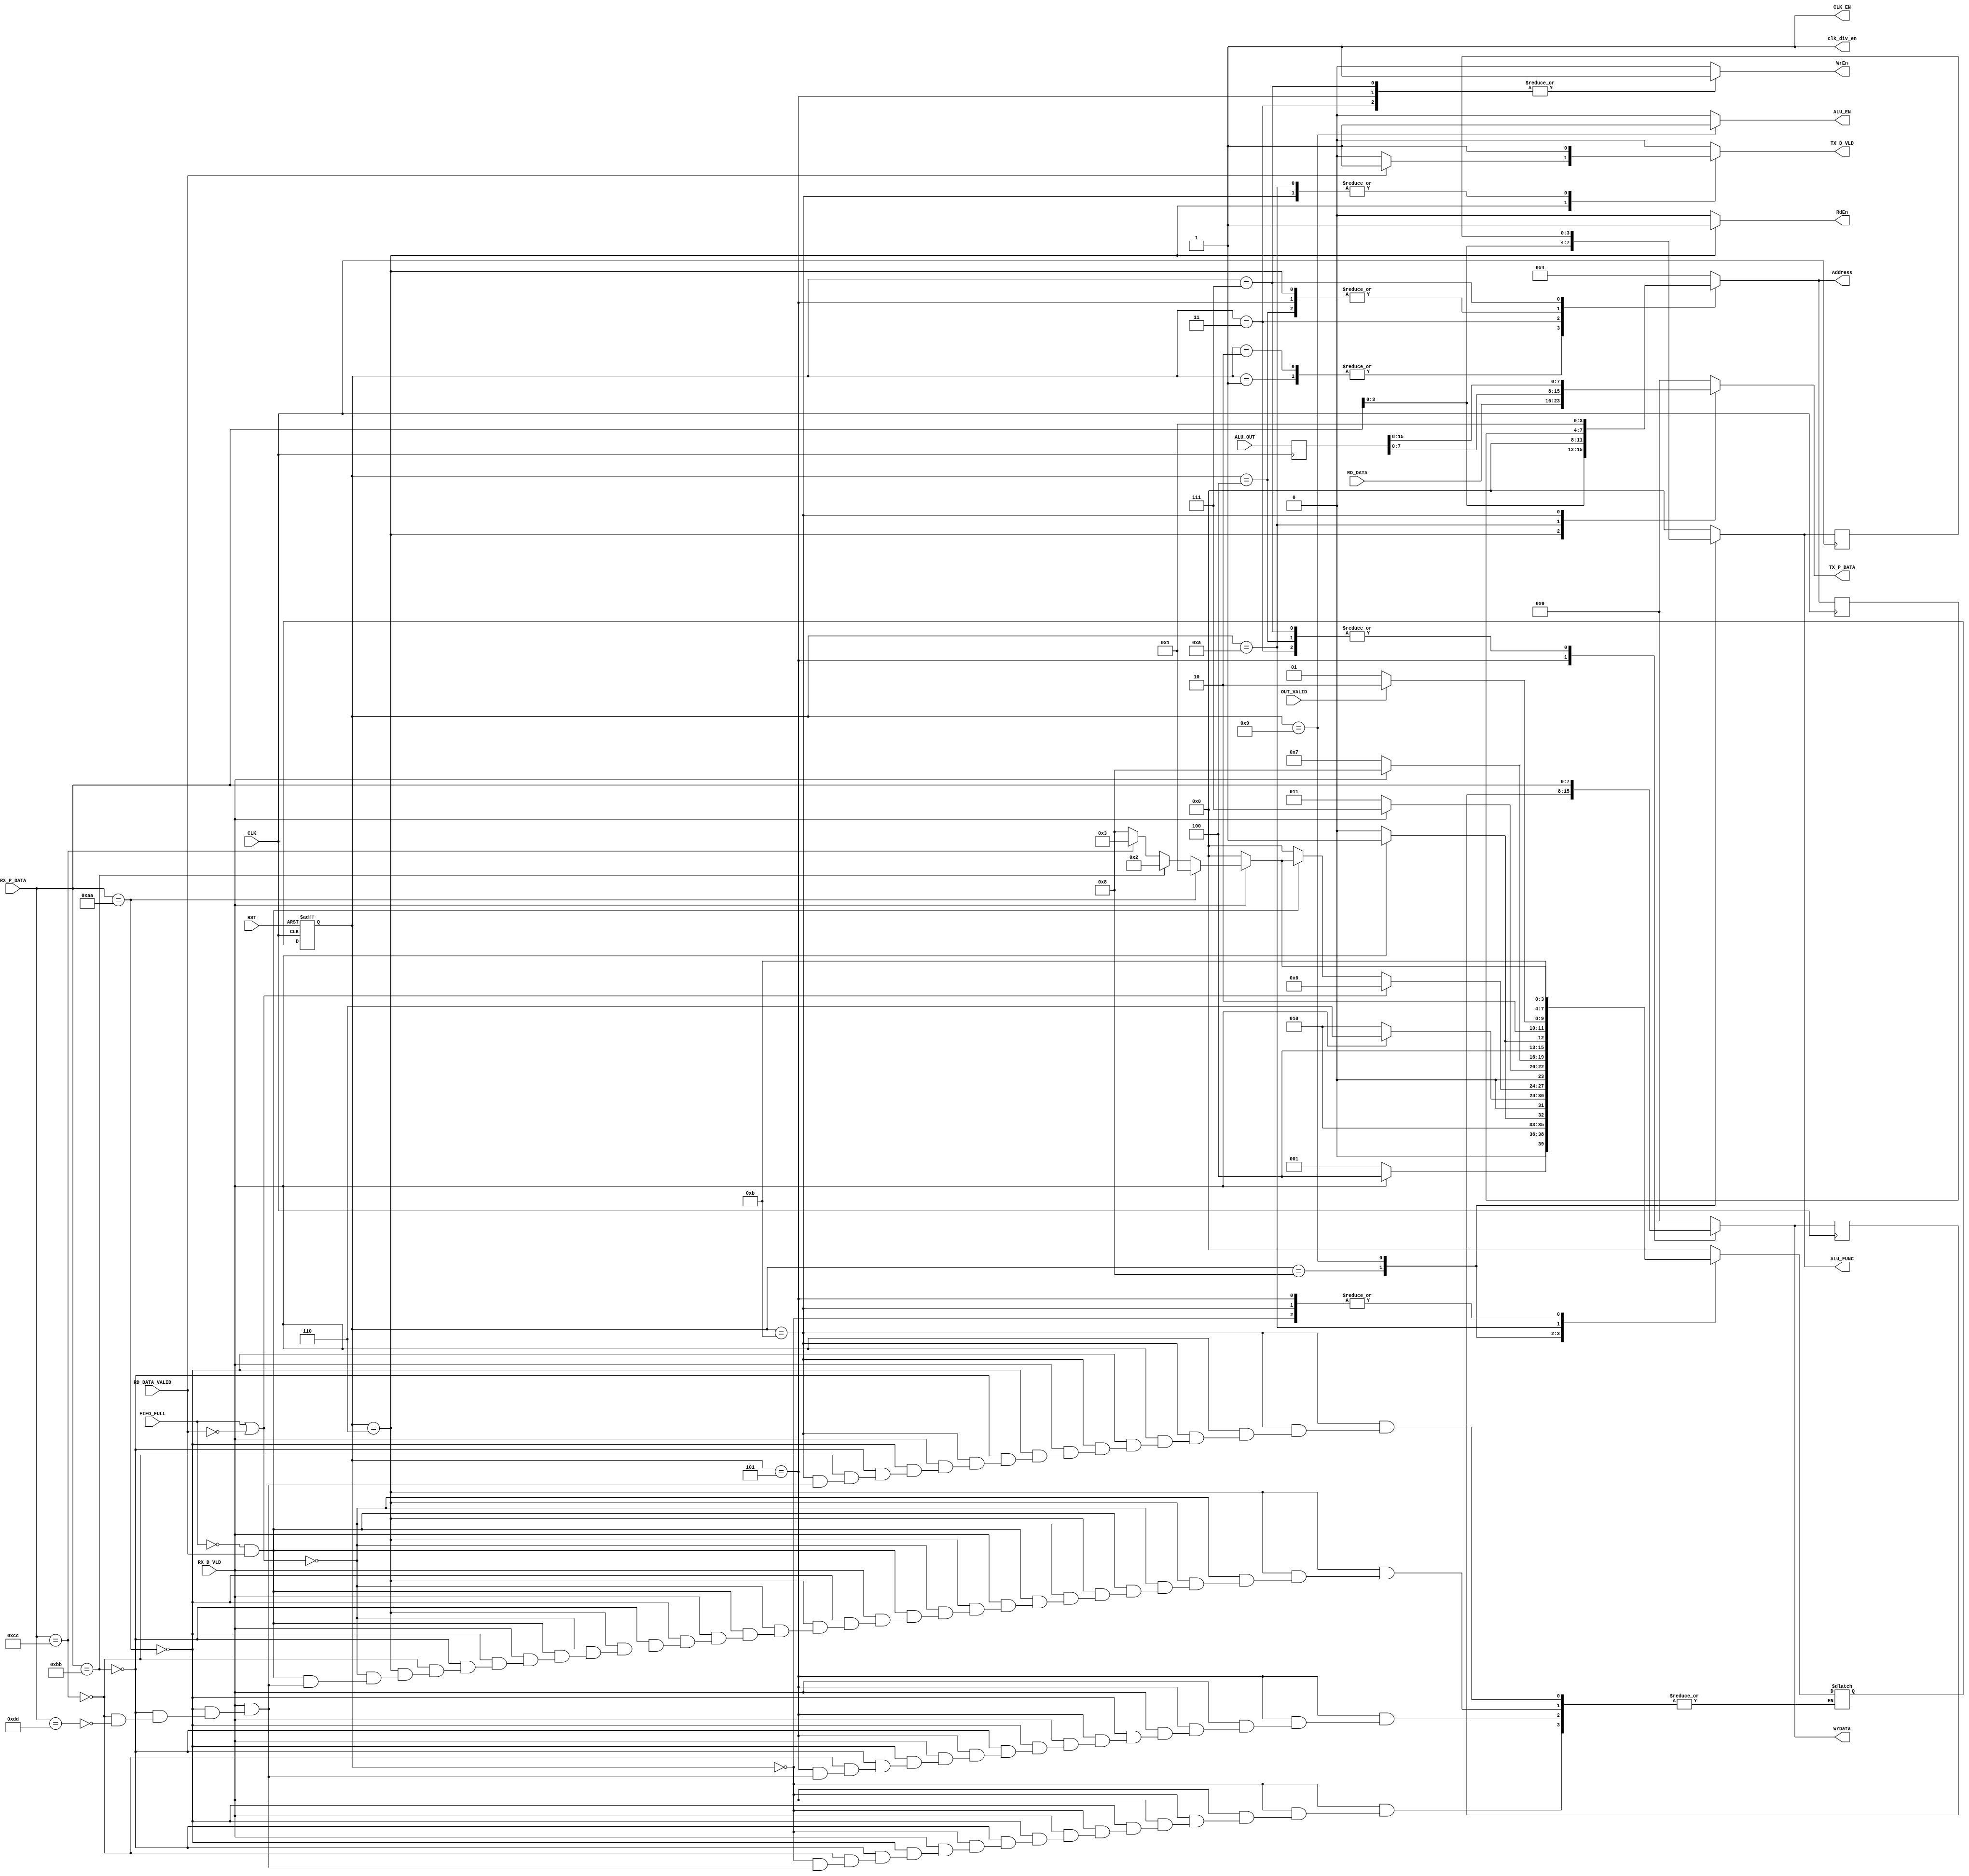
module SYS_CTRL #(parameter D_WIDTH = 8 , parameter FUNC_ALU =4 , parameter ADDRESS = 4) (

input	wire						CLK, 
input	wire						RST, 
input	wire						RX_D_VLD, 
input	wire						OUT_VALID, 
input	wire	[D_WIDTH-1:0]		RX_P_DATA, 

input	wire	[D_WIDTH-1:0]		RD_DATA, 

input	wire						RD_DATA_VALID, 
input	wire						FIFO_FULL, 	

input	wire	[(2*D_WIDTH)-1:0]	ALU_OUT,

output	reg							ALU_EN,
output	reg	[FUNC_ALU-1:0]			ALU_FUNC,
output	reg							CLK_EN,
output	reg	[ADDRESS-1:0]				Address,
output	reg							WrEn,
output	reg							RdEn,
output	reg						clk_div_en,
output	reg		[D_WIDTH-1:0]		TX_P_DATA,  // input data to FIFO WR_DATA
output	reg							TX_D_VLD, //WR_INCR
output	reg	[D_WIDTH-1:0]		WrData //input data to the RegFile



);


//states
localparam          IDLE_state  = 4'b0000 ,
                    Register_File_Write1 = 4'b0001 ,                    
                    Register_File_Read1 = 4'b0010 ,
                    ALU_With_op1 = 4'b0011 ,
                    Register_File_Write2 = 4'b0100 ,
                    Register_File_Write_ready = 4'b0101 ,
                    Register_File_Read_ready = 4'b0110 ,
                    ALU_With_op2 = 4'b0111 ,
                    ALU_With_Fun = 4'b1000 ,
                    ALU_calc = 4'b1001 ,
                    ALU_out1 = 4'b1010 ,
                    ALU_out2 = 4'b1011 ;
                    
                    
                    

reg      [3:0]      current_state ,
                    next_state ;




//state transition
always @ (posedge CLK or negedge RST)
 begin
  if(!RST)
   begin
    current_state <= IDLE_state ;
   end
  else
   begin
    current_state <= next_state ;
   end
 end

//next state logic
always @ (*)
 begin
   case (current_state)
   IDLE_state   :  begin
              if(RX_D_VLD)
                begin
                  if(RX_P_DATA == 8'hAA)
                    begin
                      next_state = Register_File_Write1  ;
                    end
               else if(RX_P_DATA == 8'hBB)
                 begin
                   next_state = Register_File_Read1  ;
                 end
               else if (RX_P_DATA == 8'hCC)
                 begin
                   next_state = ALU_With_op1  ;
                 end
               else if (RX_P_DATA == 8'hDD)
                 begin
                   next_state = ALU_With_Fun  ;
                 end
                end
              else
                begin
                 next_state = IDLE_state  ;
                end  
             end
   Register_File_Write1  :  begin
             if(RX_D_VLD)
            begin
              next_state = Register_File_Write2  ;
                end 
              else
              begin
                next_state = Register_File_Write1  ;
            end 
     
        end
   Register_File_Write2  :  begin
          if(RX_D_VLD)
            begin
              next_state = Register_File_Write_ready  ;
                end 
              else
              begin
                next_state = Register_File_Write2  ;
               end 
        
             end
             
    Register_File_Write_ready  :  begin
            if(RX_D_VLD)
                begin
                  if(RX_P_DATA == 8'hAA)
                    begin
                      next_state = Register_File_Write1  ;
                    end
               else if(RX_P_DATA == 8'hBB)
                 begin
                   next_state = Register_File_Read1  ;
                 end
               else if (RX_P_DATA == 8'hCC)
                 begin
                   next_state = ALU_With_op1  ;
                 end
               else if (RX_P_DATA == 8'hDD)
                 begin
                   next_state = ALU_With_Fun  ;
                 end
                end
              else
                begin
                 next_state = IDLE_state  ;
                end
             end

Register_File_Read1  :  begin
             if(RX_D_VLD)
            begin
              next_state = Register_File_Read_ready  ;
                end 
              else
              begin
                next_state = Register_File_Read1  ;
            end
          end 
     
 Register_File_Read_ready  :  begin
   if (FIFO_FULL || !RD_DATA_VALID)
        begin
          next_state = Register_File_Read_ready  ;
        end
        else if (!FIFO_FULL && RD_DATA_VALID)
        begin
            if(RX_D_VLD)
                begin
                  if(RX_P_DATA == 8'hAA)
                    begin
                      next_state = Register_File_Write1  ;
                    end
               else if(RX_P_DATA == 8'hBB)
                 begin
                   next_state = Register_File_Read1  ;
                 end
               else if (RX_P_DATA == 8'hCC)
                 begin
                   next_state = ALU_With_op1  ;
                 end
               else if (RX_P_DATA == 8'hDD)
                 begin
                   next_state = ALU_With_Fun  ;
                 end
                end
              else
                begin
                 next_state = IDLE_state  ;
                end
              end
              else
            begin
              next_state = IDLE_state  ;
          end   
             end
             
  ALU_With_op1  :  begin
          if(RX_D_VLD)
            begin
              next_state = ALU_With_op2  ;
                end 
              else
              begin
                next_state = ALU_With_op1  ;
               end
             end 
  
  ALU_With_op2  :  begin
          if(RX_D_VLD)
            begin
              next_state = ALU_With_Fun  ;
                end 
              else
              begin
                next_state = ALU_With_op2  ;
               end
             end    
               
  ALU_With_Fun  :  begin
          if(RX_D_VLD)
            begin
              next_state = ALU_calc  ;
                end 
              else
              begin
                next_state = ALU_With_Fun  ;
               end
             end
               
               
  ALU_calc  :  begin
          if(OUT_VALID)
            begin
              next_state = ALU_out1  ;
                end 
              else
              begin
                next_state = ALU_calc  ;
               end
             end 
               
  ALU_out1  :  begin
              next_state = ALU_out2  ;
               end          
  
  ALU_out2  :  begin
            if(RX_D_VLD)
                begin
                  if(RX_P_DATA == 8'hAA)
                    begin
                      next_state = Register_File_Write1  ;
                    end
               else if(RX_P_DATA == 8'hBB)
                 begin
                   next_state = Register_File_Read1  ;
                 end
               else if (RX_P_DATA == 8'hCC)
                 begin
                   next_state = ALU_With_op1  ;
                 end
               else if (RX_P_DATA == 8'hDD)
                 begin
                   next_state = ALU_With_Fun  ;
                 end
                end
              else
                begin
                 next_state = IDLE_state  ;
                end  
             end

  
  default : begin
                 next_state = IDLE_state  ;
             end           
   endcase   
 end

/*always @(RST or current_state or stp_chk_en)
begin
  if(!RST || current_state == IDLE_state || current_state == Start_chk_state)
    begin
      error_flag_stop <= 0;
  end
  else if (stp_chk_en)
    begin
      error_flag_stop <= stp_err ;
      end
      
end*/
//output logic
reg [3:0] Address_reg ;
reg [7:0] WrData_reg ;
reg [3:0] ALU_FUNC_reg ;
reg [15:0] ALU_OUT_reg ;

always @ (posedge CLK)
begin
  Address_reg <= Address ;
  WrData_reg <= WrData ;
  ALU_FUNC_reg <= ALU_FUNC ;
  ALU_OUT_reg <= ALU_OUT ;
end


always @ (*)
 begin
   case (current_state)
   IDLE_state   :  begin
              WrEn = 1'b0 ;
              RdEn = 1'b0 ;
              Address = 4'b0100 ;
              WrData = 8'b00000000 ;
              ALU_FUNC = 4'b0000 ; 
              ALU_EN = 1'b0 ;
              CLK_EN = 1'b1 ; 
              clk_div_en = 1'b1 ;
              TX_P_DATA = 8'b00000000 ; 
              TX_D_VLD  = 1'b0 ;
             end
  Register_File_Write1  :  begin
              WrEn = 1'b0 ;
              RdEn = 1'b0 ;
              Address = RX_P_DATA ;
              WrData = 8'b00000000 ;
              ALU_FUNC = 4'b0000 ; 
              ALU_EN = 1'b0 ;
              CLK_EN = 1'b1 ; 
              clk_div_en = 1'b1 ;
              TX_P_DATA = 8'b00000000 ; 
              TX_D_VLD  = 1'b0 ;
             end
  Register_File_Read1  :  begin
              WrEn = 1'b0 ;
              RdEn = 1'b0 ;
              Address = RX_P_DATA  ;
              WrData = 8'b00000000 ;
              ALU_FUNC = 4'b0000 ; 
              ALU_EN = 1'b0 ;
              CLK_EN = 1'b1 ; 
              clk_div_en = 1'b1 ;
              TX_P_DATA = 8'b00000000 ; 
              TX_D_VLD  = 1'b0 ;
             end
  ALU_With_op1  :  begin
              WrEn = 1'b1 ;
              RdEn = 1'b0 ;
              Address = 4'b0000 ;
              WrData = RX_P_DATA ;
              ALU_FUNC = 4'b0000 ; 
              ALU_EN = 1'b0 ;
              CLK_EN = 1'b1 ; 
              clk_div_en = 1'b1 ;
              TX_P_DATA = 8'b00000000 ; 
              TX_D_VLD  = 1'b0 ;
             end

  Register_File_Write2  :  begin
              WrEn = 1'b0 ;
              RdEn = 1'b0 ;
              Address = Address_reg ;
              WrData = RX_P_DATA ;
              ALU_FUNC = 4'b0000 ; 
              ALU_EN = 1'b0 ;
              CLK_EN = 1'b1 ; 
              clk_div_en = 1'b1 ;
              TX_P_DATA = 8'b00000000 ; 
              TX_D_VLD  = 1'b0 ;
             end
  Register_File_Write_ready  :  begin
              WrEn = 1'b1 ;
              RdEn = 1'b0 ;
              Address = Address_reg ;
              WrData = WrData_reg ;
              ALU_FUNC = 4'b0000 ; 
              ALU_EN = 1'b0 ;
              CLK_EN = 1'b1 ; 
              clk_div_en = 1'b1 ;
              TX_P_DATA = 8'b00000000 ; 
              TX_D_VLD  = 1'b0 ;
             end
  Register_File_Read_ready  :  begin
              WrEn = 1'b0 ;
              RdEn = 1'b1 ;
              Address = Address_reg ;
              WrData = 8'b00000000 ;
              ALU_FUNC = 4'b0000 ; 
              ALU_EN = 1'b0 ;
              CLK_EN = 1'b1 ; 
              clk_div_en = 1'b1 ;
              TX_P_DATA = RD_DATA ;
              if(RD_DATA_VALID)
              begin 
              TX_D_VLD  = 1'b1 ;
            end
          else
            begin
              TX_D_VLD  = 1'b0 ;
            end
             end          
             
   ALU_With_op2  :  begin
              WrEn = 1'b1 ;
              RdEn = 1'b0 ;
              Address = 4'b0001 ;
              WrData = RX_P_DATA ;
              ALU_FUNC = 4'b0000 ; 
              ALU_EN = 1'b0 ;
              CLK_EN = 1'b1 ; 
              clk_div_en = 1'b1 ;
              TX_P_DATA = 8'b00000000 ; 
              TX_D_VLD  = 1'b0 ;
             end          
             
   ALU_With_Fun  :  begin
              WrEn = 1'b0 ;
              RdEn = 1'b0 ;
              Address = 4'b0100 ;
              WrData = 8'b00000000 ;
              ALU_FUNC = RX_P_DATA ; 
              ALU_EN = 1'b0 ;
              CLK_EN = 1'b1 ; 
              clk_div_en = 1'b1 ;
              TX_P_DATA = 8'b00000000 ; 
              TX_D_VLD  = 1'b0 ;
             end
    ALU_calc  :  begin
              WrEn = 1'b0 ;
              RdEn = 1'b0 ;
              Address = 4'b0100 ;
              WrData = 8'b00000000 ;
              ALU_FUNC = ALU_FUNC_reg ; 
              ALU_EN = 1'b1 ;
              CLK_EN = 1'b1 ; 
              clk_div_en = 1'b1 ;
              TX_P_DATA = 8'b00000000 ; 
              TX_D_VLD  = 1'b0 ;
             end
             
   ALU_out1  :  begin
              WrEn = 1'b0 ;
              RdEn = 1'b0 ;
              Address = 4'b0100 ;
              WrData = 8'b00000000 ;
              ALU_FUNC = 4'b0000 ; 
              ALU_EN = 1'b0 ;
              CLK_EN = 1'b1 ; 
              clk_div_en = 1'b1 ;
              TX_P_DATA = ALU_OUT_reg [7:0] ; 
              TX_D_VLD  = 1'b1 ;
             end 
    ALU_out2  :  begin
              WrEn = 1'b0 ;
              RdEn = 1'b0 ;
              Address = 4'b0100 ;
              WrData = 8'b00000000 ;
              ALU_FUNC = 4'b0000 ; 
              ALU_EN = 1'b0 ;
              CLK_EN = 1'b1 ; 
              clk_div_en = 1'b1 ;
              TX_P_DATA = ALU_OUT_reg [15:8] ; 
              TX_D_VLD  = 1'b1 ;
             end  
                        
             
             
             
             
   default : begin
              WrEn = 1'b0 ;
              RdEn = 1'b0 ;
              Address = 4'b0100 ;
              WrData = 8'b00000000 ;
              ALU_FUNC = 4'b0000 ; 
              ALU_EN = 1'b0 ;
              CLK_EN = 1'b1 ; 
              clk_div_en = 1'b1 ;
              TX_P_DATA = 8'b00000000 ; 
              TX_D_VLD  = 1'b0 ;
             end  
   endcase   
 end




endmodule